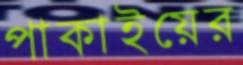
পাকাইয়ের